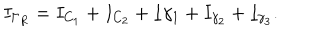
I _ { \Gamma _ { R } } = I _ { C _ { 1 } } + I _ { C _ { 2 } } + I { \gamma _ { 1 } } + I _ { \gamma _ { 2 } } + I _ { \gamma _ { 3 } } .